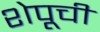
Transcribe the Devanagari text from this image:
शेपूची